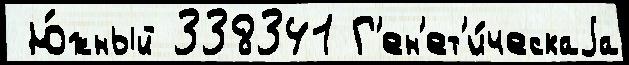
 Ю́жный 338341 Г'ен'ет'и́ческаjа